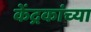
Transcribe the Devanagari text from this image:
केंद्रकांच्या